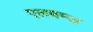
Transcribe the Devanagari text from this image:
एलबम्ज